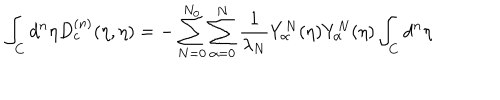
\int _ { C } { d ^ { n } } { \eta } D _ { c } ^ { ( n ) } ( \eta , { \eta } ) = - \sum _ { N = 0 } ^ { N _ { 0 } } \sum _ { \alpha = 0 } ^ { N } \frac { 1 } { \lambda _ { N } } Y _ { \alpha } ^ { N } ( { \eta } ) Y _ { \alpha } ^ { N } ( { \eta } ) \int _ { C } { d ^ { n } } { \eta }